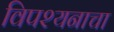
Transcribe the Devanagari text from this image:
विपश्यनाचा